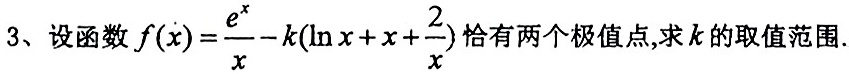
3、设函数$f(x)=\frac{e^{x}}{x}-k(\ln x + x + \frac{2}{x})$恰有两个极值点,求$k$的取值范围.